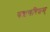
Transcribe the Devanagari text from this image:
पद्मचरितम्